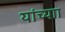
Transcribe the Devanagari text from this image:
यांच्याा